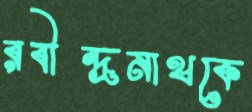
রবীন্দ্রনাথকে